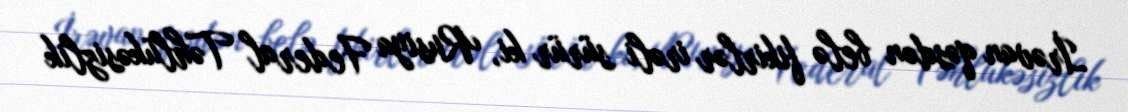
İrəvan qəsdən belə fikirlər irəli sürür ki, Rusiya Federal Təhlükəsizlik